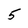
Character: 5